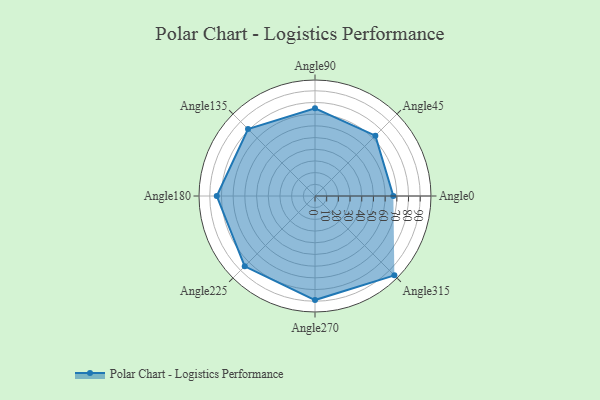
{"axis": {"x": "Angle", "y": "Radius"}, "legend": [""], "data": [{"x": "Angle0", "y": 67.0, "type": ""}, {"x": "Angle45", "y": 73.0, "type": ""}, {"x": "Angle90", "y": 75.0, "type": ""}, {"x": "Angle135", "y": 81.0, "type": ""}, {"x": "Angle180", "y": 84.0, "type": ""}, {"x": "Angle225", "y": 85.0, "type": ""}, {"x": "Angle270", "y": 89.0, "type": ""}, {"x": "Angle315", "y": 96.0, "type": ""}]}